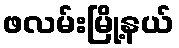
ဖလမ်းမြို့နယ်